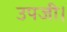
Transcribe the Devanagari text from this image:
उपजी।